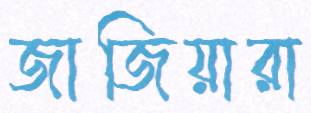
জাজিয়ারা